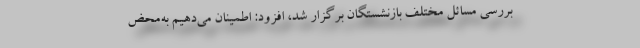
بررسی مسائل مختلف بازنشستگان برگزار شد، افزود: اطمینان می‌دهیم به‌محض